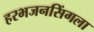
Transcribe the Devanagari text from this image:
हरभजनसिंगला